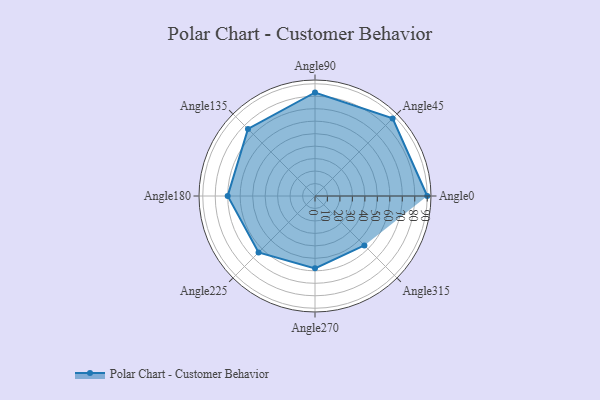
{"axis": {"x": "Angle", "y": "Radius"}, "legend": [""], "data": [{"x": "Angle0", "y": 90.0, "type": ""}, {"x": "Angle45", "y": 88.0, "type": ""}, {"x": "Angle90", "y": 83.0, "type": ""}, {"x": "Angle135", "y": 76.0, "type": ""}, {"x": "Angle180", "y": 70.0, "type": ""}, {"x": "Angle225", "y": 64.0, "type": ""}, {"x": "Angle270", "y": 58.0, "type": ""}, {"x": "Angle315", "y": 56.0, "type": ""}]}